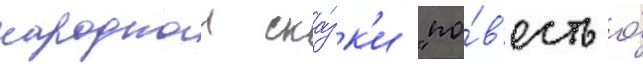
народнои ска́зк'и "по́в'есть о́